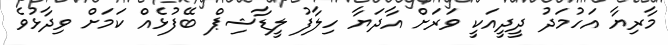
މާރިޔާ އަހުމަދު ދީދީއަކީ ވަރަށް އާދަޔާ ހިލާފު ލީޑާޝިޕް ބޭފުޅެއް ކަމަށް ވިދާޅުވެ